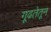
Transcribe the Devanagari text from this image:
गूढतेतून